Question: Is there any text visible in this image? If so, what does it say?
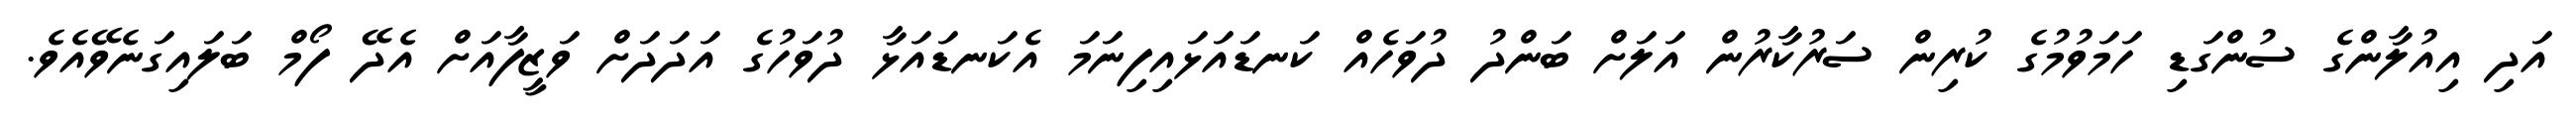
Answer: އަދި އިއުލާންގެ ސުންގަޑި ހަމަވުމުގެ ކުރިން ސަރުކާރުން އަލަށް ބަންދު ދުވަހެއް ކަނޑައަޅައިފިނަމަ އެކަނޑައަޅާ ދުވަހުގެ އަދަދަށް ވަޒީފާއަށް އެދޭ ފޯމް ބަލައިގަނެވޭއެވެ.